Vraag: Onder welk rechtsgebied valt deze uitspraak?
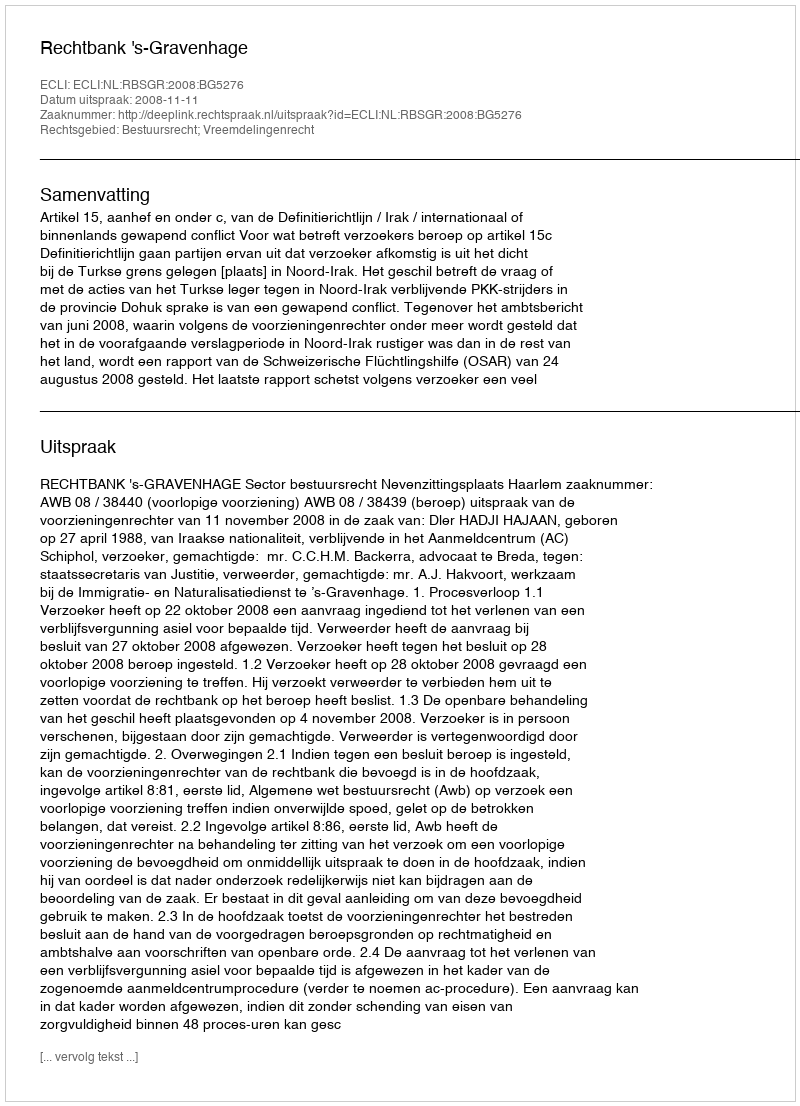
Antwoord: Bestuursrecht; Vreemdelingenrecht